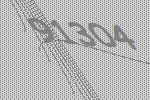
91304